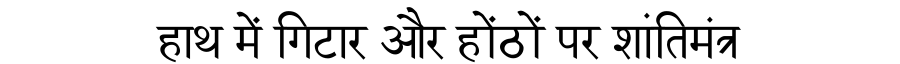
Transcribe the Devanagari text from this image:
हाथ में गिटार और होंठों पर शांतिमंत्र